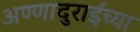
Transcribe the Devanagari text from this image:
अण्णादुराईंच्या